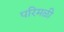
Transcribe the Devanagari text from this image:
परिमळी